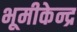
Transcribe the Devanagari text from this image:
भूमीकेन्द्र